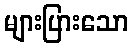
များပြားသော